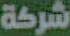
شركة